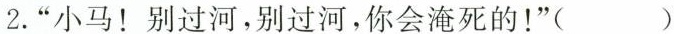
2.”小马！别过河，别过河，你会淹死的！”( )